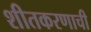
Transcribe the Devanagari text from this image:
शीतकरणाची